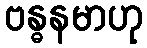
ဗန္ဓနမာဟု